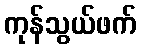
ကုန်သွယ်ဖက်